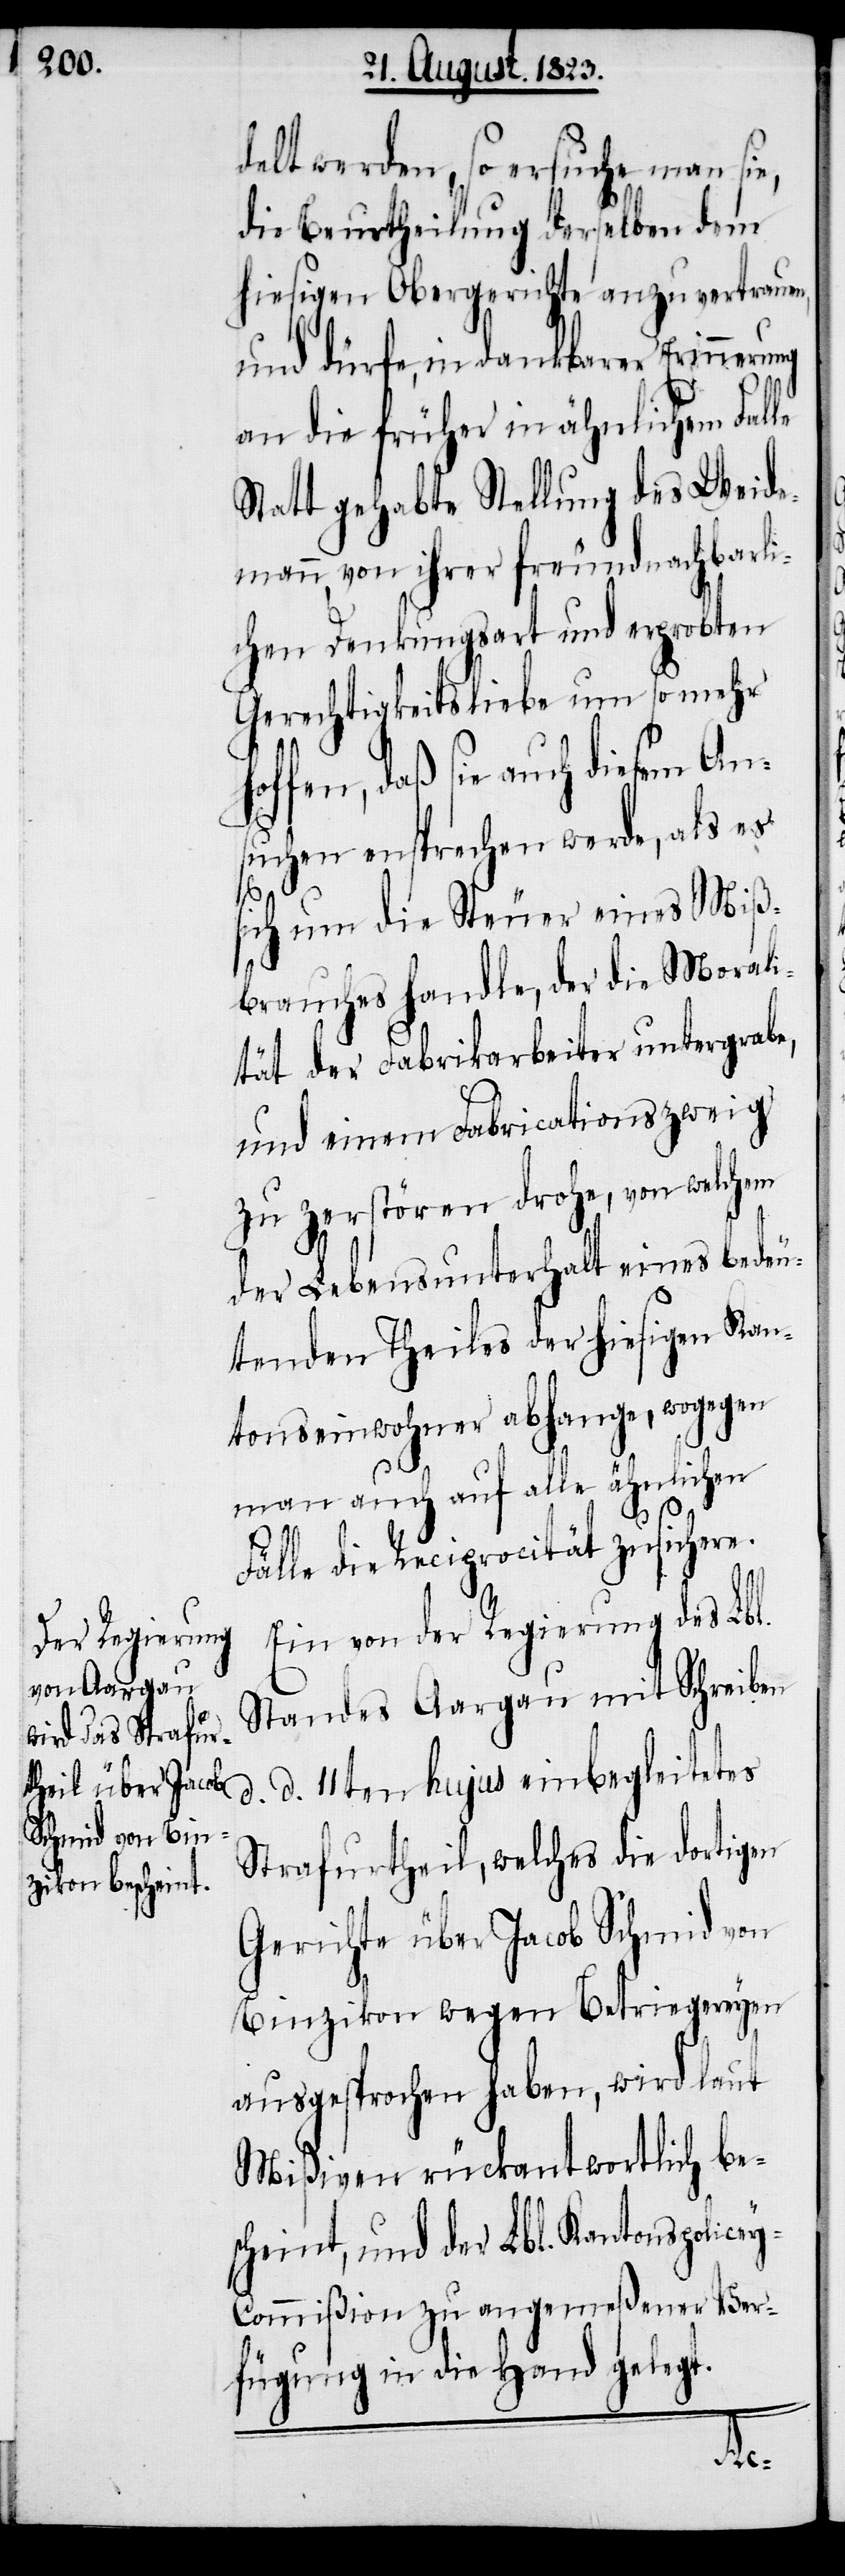
delt werden, so ersuche man si¬
die Beurtheilung derselben dem
hiesigen Obergerichte anzuvertrauen,
und dürfe, in dankbarer Erinnerung
an die früher in ähnlichem Falle
Statt gehabte Stellung des Weide¬
mann, von ihrer freundnachbarli¬
chen Denkungsart und erprobten
Gerechtigkeitsliebe um so mehr
fen, daß sie auch diesem An¬
suchen en[t]sprechen werde, als es
sich um die Steuer eines Miß¬
brauches handle, der die Morali¬
tät der Fabrikarbeiter untergrabe,
und einem Fabricationszweig
zu zerstören drohe, von welchem
der Lebensunterhalt eines bedeu¬
tenden Theiles der hiesigen Kan¬
tonseinwohner abhange, wogegen
man auch auf alle ähnlichen
Fälle die Reciprocität zusichere.
Ein von der Regierung des Lbl.
Standes Aargau mit Schreiben
d. d. 11ten hujus einbegleitetes
Strafurtheil, welches die dortigen
Gerichte über Jacob Schmid von
Binzikon wegen Betriegereyen
ausgesprochen haben, wird laut
Mißiven rückantwortlich bes¬
cheint, und der Lbl. Kantonspolice¬
y-Commißion zu angemeßener Ver¬
fügung in die Hand gelegt.
hof¬